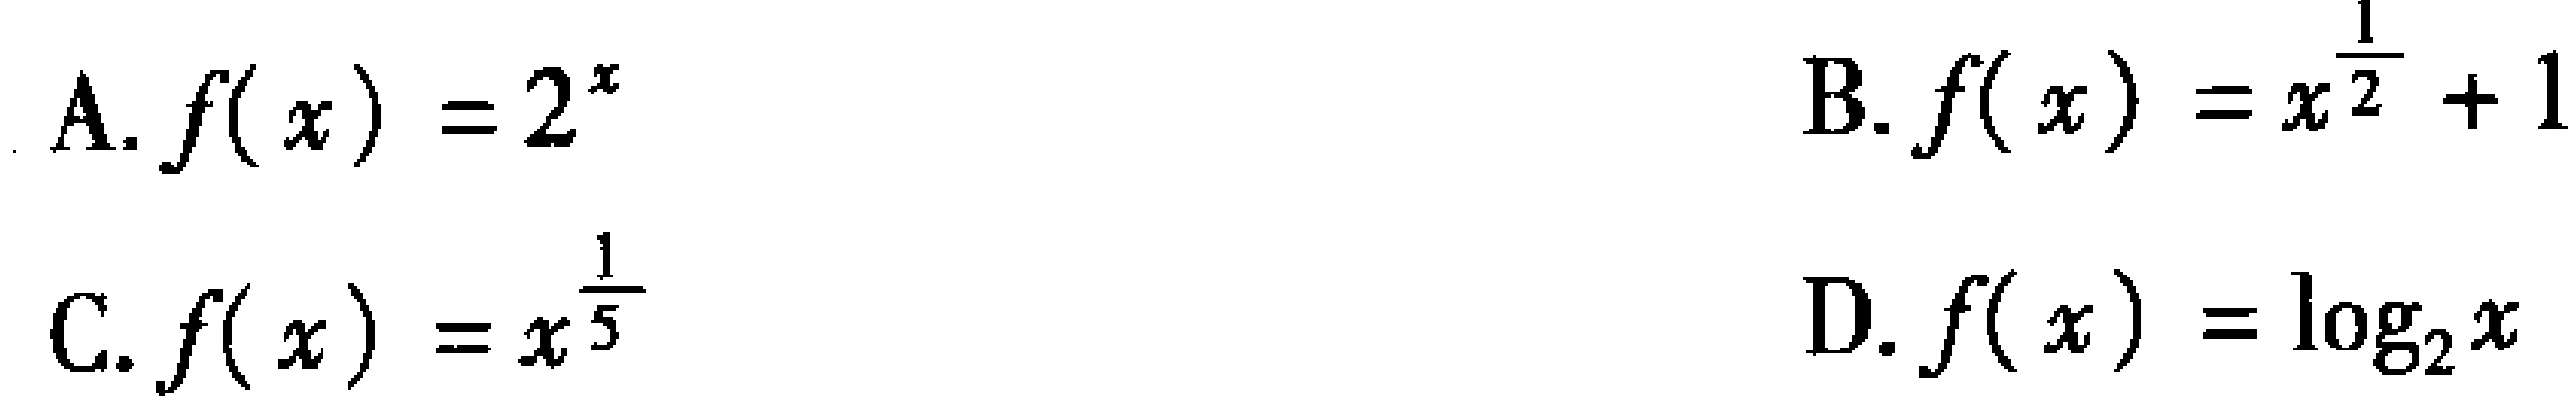
A. \(f(x)=2^{x}\)

B. \(f(x)=x^{\frac{1}{2}} + 1\)

C. \(f(x)=x^{\frac{1}{5}}\)

D. \(f(x)=\log_{2}x\)